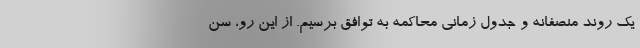
یک روند منصفانه و جدول زمانی محاکمه به توافق برسیم. از این رو، سن